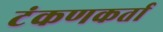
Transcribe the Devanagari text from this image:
टंकणकर्ता